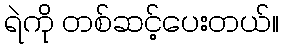
ရဲကို တစ်ဆင့်ပေးတယ်။